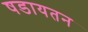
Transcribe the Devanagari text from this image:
षडायतन